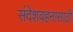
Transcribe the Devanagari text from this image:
संदेशवहनासाठी